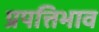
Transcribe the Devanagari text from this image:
प्रपत्तिभाव